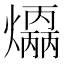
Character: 𤑣